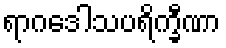
ရာဂဒေါသပရိက္ခီဏာ